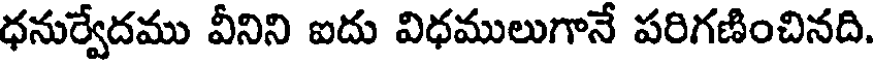
ధనుర్వేదము వీనిని ఐదు విధములుగానే పరిగణించినది.